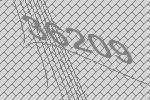
36209